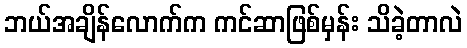
ဘယ်အချိန်လောက်က ကင်ဆာဖြစ်မှန်း သိခဲ့တာလဲ